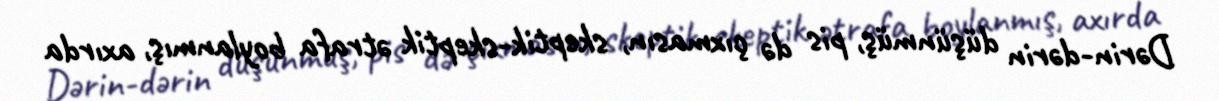
Dərin-dərin düşünmüş, pis də çıxmasın, skeptik-skeptik ətrafa boylanmış, axırda